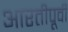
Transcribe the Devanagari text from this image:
आरतीपूर्वी